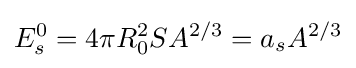
E_{s}^{0}=4\pi R_{0}^{2}SA^{2/3}=a_{s}A^{2/3}